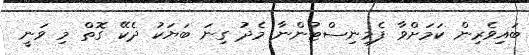
ބައިވެރިން ކަމަށްވާ ފެމިނިސްޓުންނާ މެދު ގިނަ ބަޔަކު ދެކޭ ގޮތް މި ވަނީ